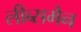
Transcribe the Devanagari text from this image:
लीब्समैन